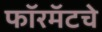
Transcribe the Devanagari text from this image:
फॉरमॅटचे